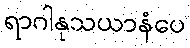
ရာဂါနုသယာနံပေ